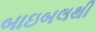
બાઇબલથી